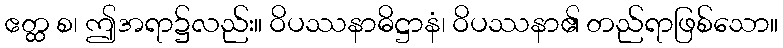
ဧတ္ထ စ၊ ဤအရာ၌လည်း။ ဝိပဿနာဓိဋ္ဌာနံ၊ ဝိပဿနာ၏ တည်ရာဖြစ်သော။